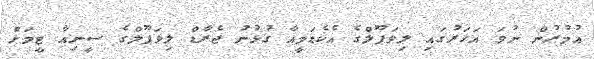
އުމުރުން ނުވަ އަހަރުގައި ލިވަޕޫލްގެ އެކެޑަމީއާ ގުޅުނު ޖެރާޑް ލިވަޕޫލްގެ ސީނިއާ ޓީމަށް